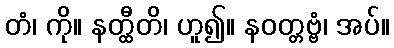
တံ၊ ကို။ နတ္ထီတိ၊ ဟူ၍။ နဝတ္တဗ္ဗံ၊ အပ်။